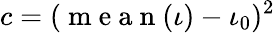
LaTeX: c=(\mathrm{~m~e~a~n~}(\iota)-\iota_{0})^{2}